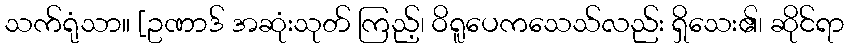
သက်ရုံသာ။ [ဥဏာဒ် အဆုံးသုတ် ကြည့်၊ ဝိရူပေကသေသ်လည်း ရှိသေး၏၊ ဆိုင်ရာ